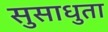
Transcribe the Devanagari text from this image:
सुसाधुता